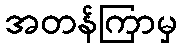
အတန်ကြာမှ